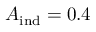
A _ { \mathrm { i n d } } = 0 . 4